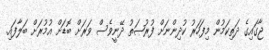
ޖާގައިގެ ދަތިކަމުން މިފަހަރު ކުދިންނަށް ފުރުޞަތު ދޭނީވެސް ވަރަށް ބޮޑަށް އުމުރަށް ބަލާފައި.